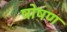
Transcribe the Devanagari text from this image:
षोषण